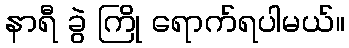
နာရီ ခွဲ ကြို ရောက်ရပါမယ်။